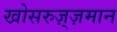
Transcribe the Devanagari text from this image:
खोसरुज़्ज़मान